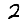
Digit: 2